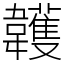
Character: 䪝